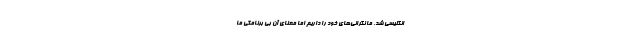
انگلیسی شد. ما نگرانی‌های خود را داریم اما معنای آن بی برنامگی ما